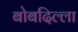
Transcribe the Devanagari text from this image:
बोबदिल्ला